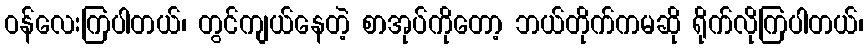
ဝန်လေးကြပါတယ်၊ တွင်ကျယ်နေတဲ့ စာအုပ်ကိုတော့ ဘယ်တိုက်ကမဆို ရိုက်လိုကြပါတယ်၊